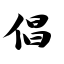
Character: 倡